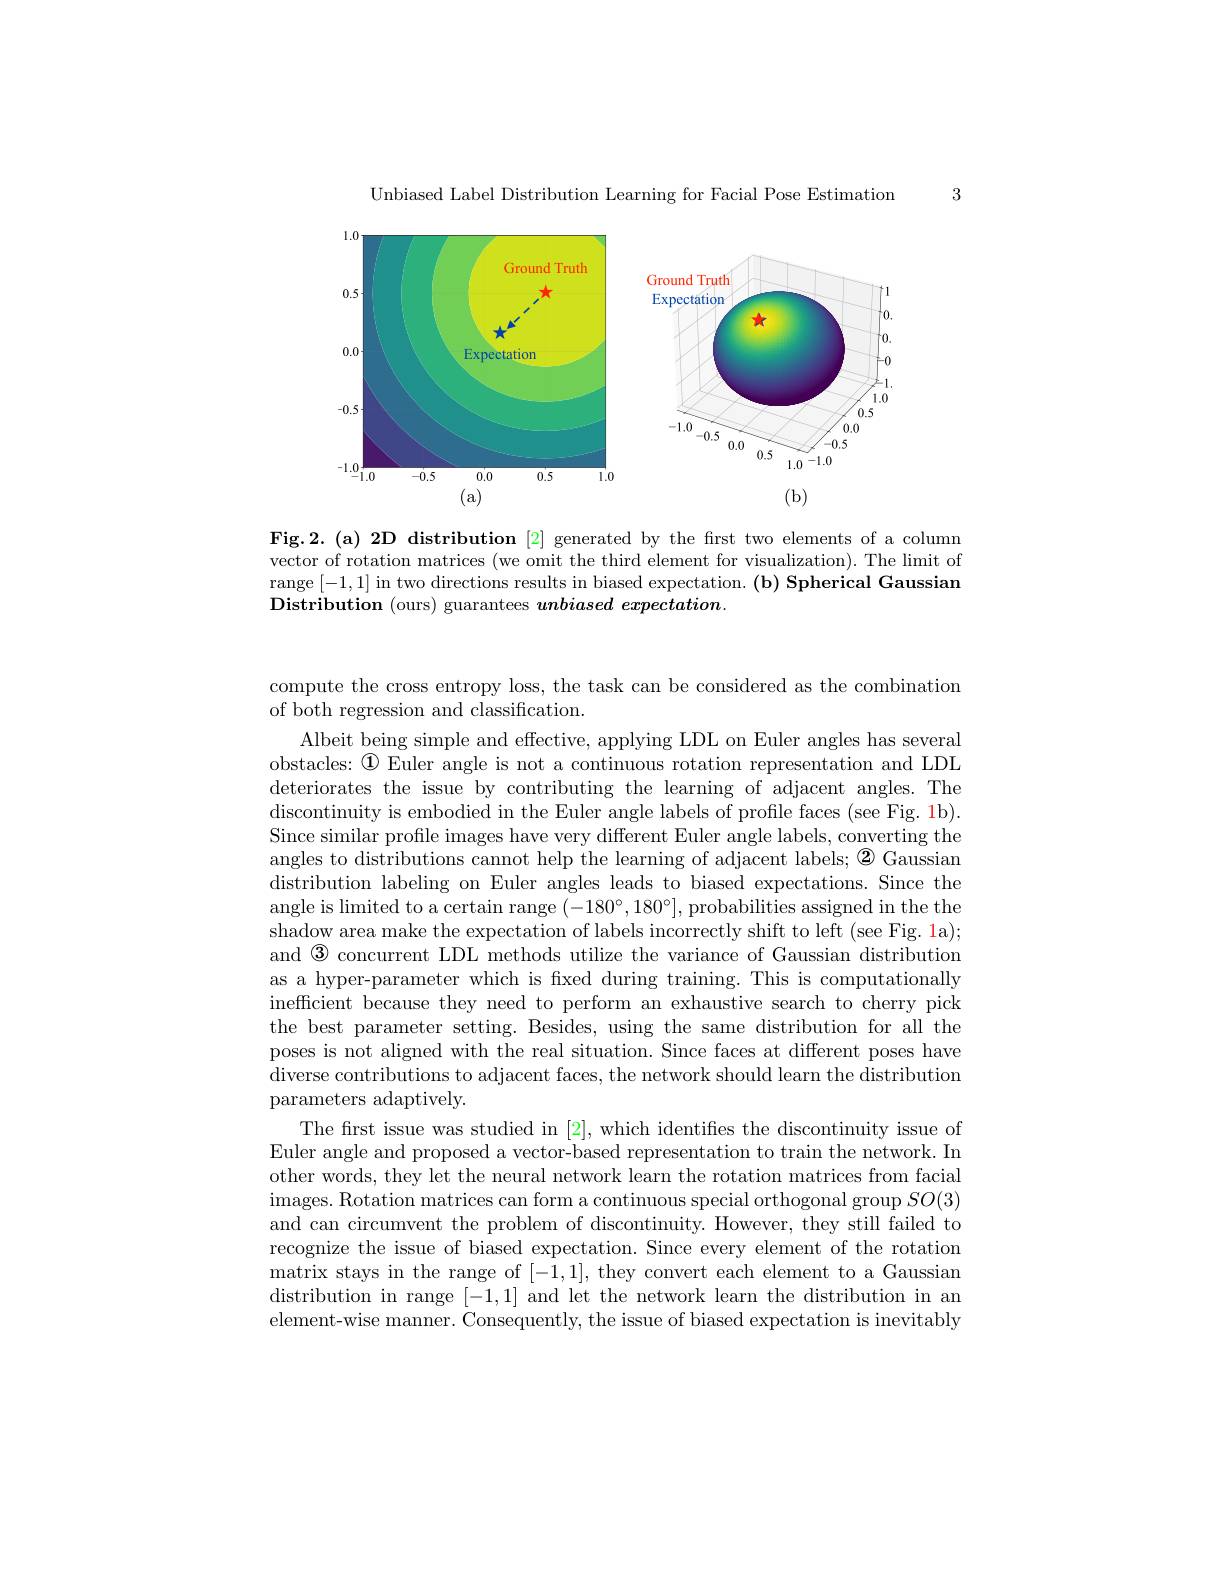
Unbiased Label Distribution Learning for Facial Pose Estimation

3

<FigureHere>

Fig.2.(a) 2D distribution [2] generated by the first two elements of a column vector of rotation matrices (we omit the third element for visualization). The limit of range [-1,1] in two directions results in biased expectation.(b) Spherical Gaussian Distribution (ours) guarantees $unbiased\textit{ expectation}.$

compute the cross entropy loss, the task can be considered as the combination
of both regression and classification.

Albeit being simple and effective, applying LDL on Euler angles has several obstacles: $\textcircled{1}$ Euler angle is not a continuous rotation representation and LDL deteriorates the issue by contributing the learning of adjacent angles. The discontinuity is embodied in the Euler angle labels of profile faces (see Fig. 1b). Since similar profile images have very different Euler angle labels, converting the angles to distributions cannot help the learning of adjacent labels; $\textcircled{2}$ Gaussian distribution labeling on Euler angles leads to biased expectations. Since the angle is limited to a certain range $(-180^\circ,180^\circ]$, probabilities assigned in the the shadow area make the expectation of labels incorrectly shift to left (see Fig. 1a); and $\textcircled{3}$ concurrent LDL methods utilize the variance of Gaussian distribution as a hyper-parameter which is fxed during training. This is computationally inefficient because they need to perform an exhaustive search to cherry pick the best parameter setting. Besides, using the same distribution for all the poses is not aligned with the real situation. Since faces at different poses have diverse contributions to adjacent faces, the network should learn the distribution parameters adaptively.
The first issue was studied in [2],which identifies the discontinuity issue of Euler angle and proposed a vector-based representation to train the network. In other words, they let the neural network learn the rotation matrices from facial images. Rotation matrices can form a continuous special orthogonal group $SO(3)$ and can circumvent the problem of discontinuity. However, they still failed to recognize the issue of biased expectation. Since every element of the rotation matrix stays in the range of [-1,1], they convert each element to a Gaussian distribution in range [-1,1] and let the network learn the distribution in an element-wise manner. Consequently, the issue of biased expectation is inevitably